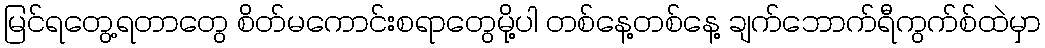
မြင်ရတွေ့ရတာတွေ စိတ်မကောင်းစရာတွေမို့ပါ တစ်နေ့တစ်နေ့ ချက်ဘောက်ရီကွက်စ်ထဲမှာ